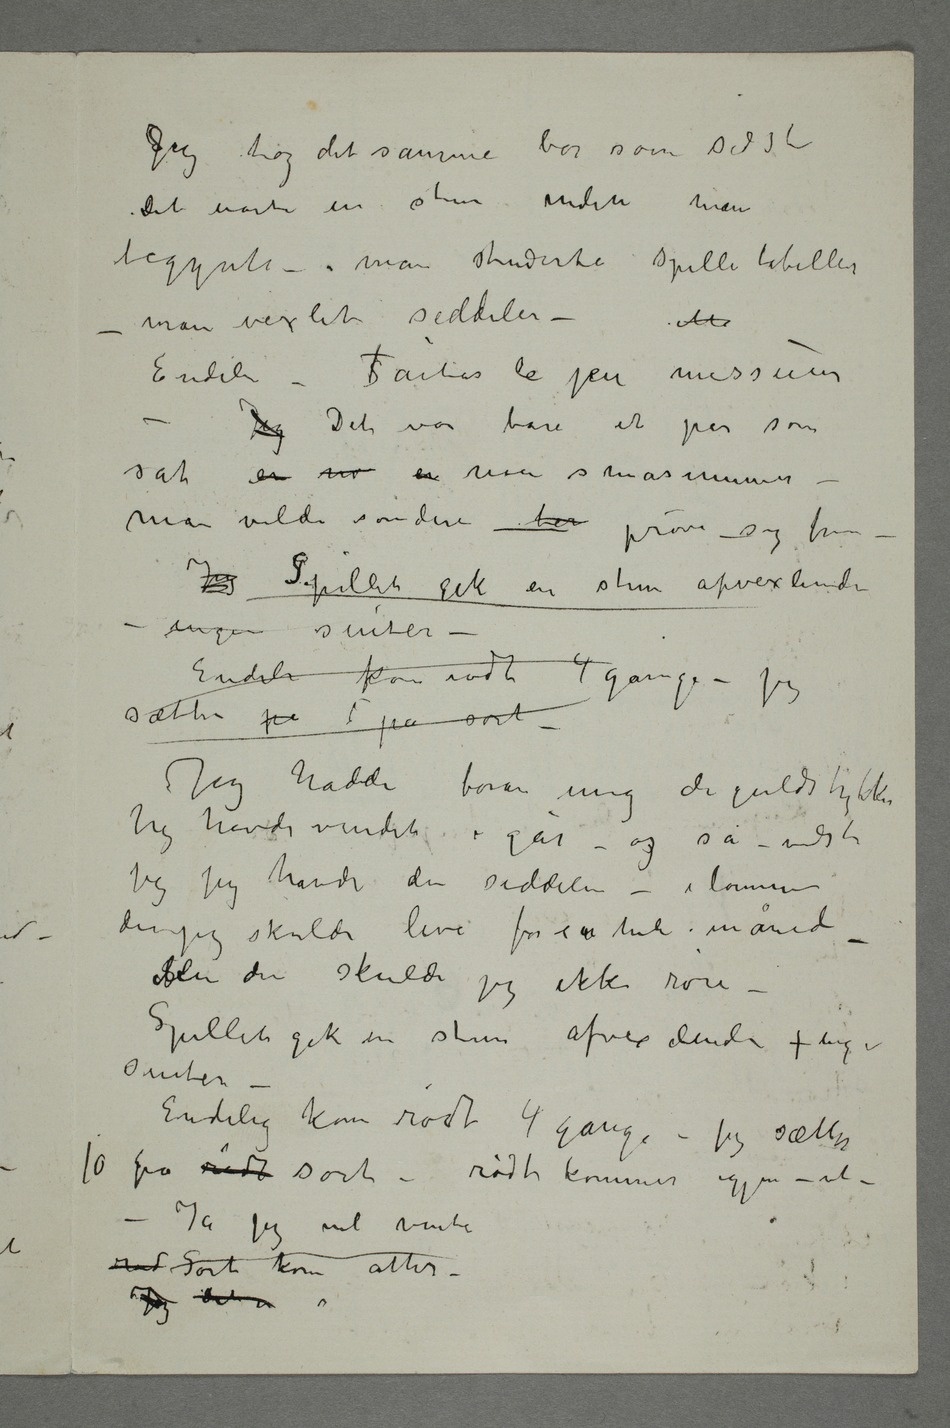
SJeg tog det samme bor som sidst.
Det varte en stun inden man
begynte – man studerte spilletabeller –
man vexlet seddeler – Me
Endeli – SFaites le jeu messieurs –
Jeg Det var bare et par som
sat en no en noen småsummer –
man vilde sondere ter prøve –sig frem –
Jeg Spillet gik en stun afvexlende
– ingen suiter –
Endeli kom rødt 4 gange – jeg
sætter på 5 på sort –
Jeg hadde foran mig de guldstykker
jeg havde vundet i går – og så – vidste
jeg jeg havde den seddelen – i lommen
den jeg skulde leve for i en hel måned –
SMen den skulde jeg ikke røre –
Spillet gik en stun afvexlende – ingen
suiter –
Endelig kom rødt 4 gange – jeg sætter
på rødt sort – rødt kommer igjen – ut –
– Ja jeg vil vente
rød Sort kom atter –